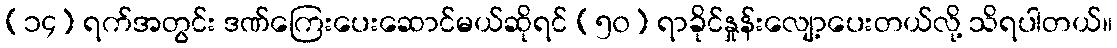
(၁၄) ရက်အတွင်း ဒဏ်ကြေးပေးဆောင်မယ်ဆိုရင် (၅၀) ရာခိုင်နှုန်းလျော့ပေးတယ်လို့ သိရပါတယ်။